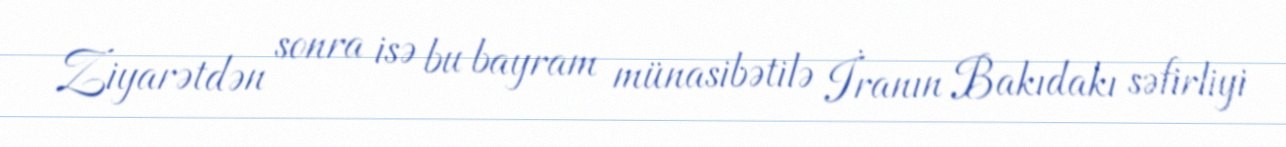
Ziyarətdən sonra isə bu bayram münasibətilə İranın Bakıdakı səfirliyi